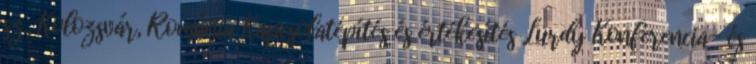
sz., Kolozsvár, Románia Kapcsolatépítés és értékesítés Lurdy Konferencia- és